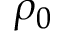
\rho _ { 0 }